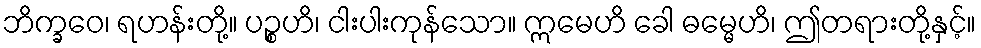
ဘိက္ခဝေ၊ ရဟန်းတို့။ ပဉ္စဟိ၊ ငါးပါးကုန်သော။ ဣမေဟိ ခေါ ဓမ္မေဟိ၊ ဤတရားတို့နှင့်။